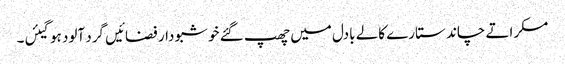
مسکراتے چاند ستارے کالے بادل میں چھپ گئے خو شبو دار فضائیں گرد آلود ہوگیئں۔